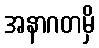
အနာဂတမှိ